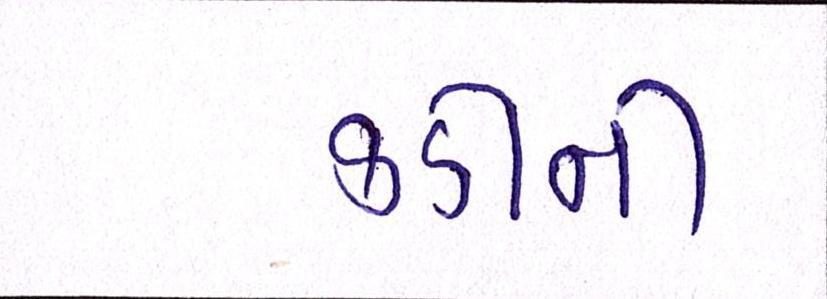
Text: કડીની